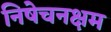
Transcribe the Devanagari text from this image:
निषेचनक्षम